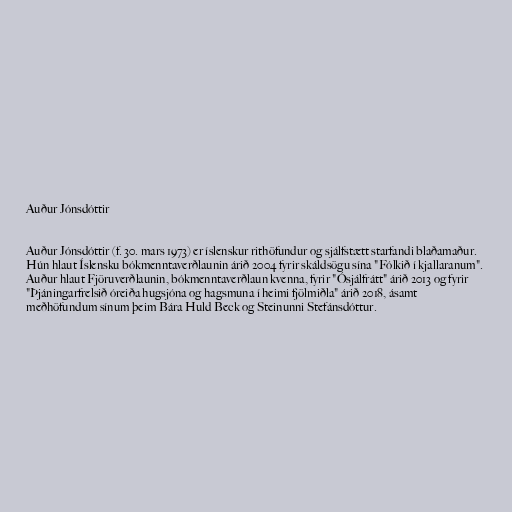
Auður Jónsdóttir

Auður Jónsdóttir (f. 30. mars 1973) er íslenskur rithöfundur og sjálfstætt starfandi blaðamaður.
Hún hlaut Íslensku bókmenntaverðlaunin árið 2004 fyrir skáldsögu sína "Fólkið í kjallaranum".
Auður hlaut Fjöruverðlaunin, bókmenntaverðlaun kvenna, fyrir "Ósjálfrátt" árið 2013 og fyrir
"Þjáningarfrelsið óreiða hugsjóna og hagsmuna í heimi fjölmiðla" árið 2018, ásamt
meðhöfundum sínum þeim Bára Huld Beck og Steinunni Stefánsdóttur.